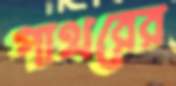
পাথরের